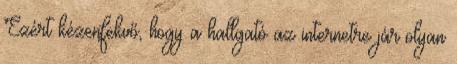
Ezért kézenfekvő, hogy a hallgató az internetre jár olyan